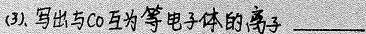
##(3).写出与CO互为等电子体的离子___##